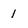
Character: 1